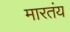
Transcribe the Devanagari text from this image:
मारतंय